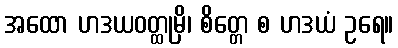
အထော ဟဒယဝတ္ထုမှိ၊ စိတ္တေ စ ဟဒယံ ဥရေ။